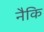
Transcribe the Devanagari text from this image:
नैकि